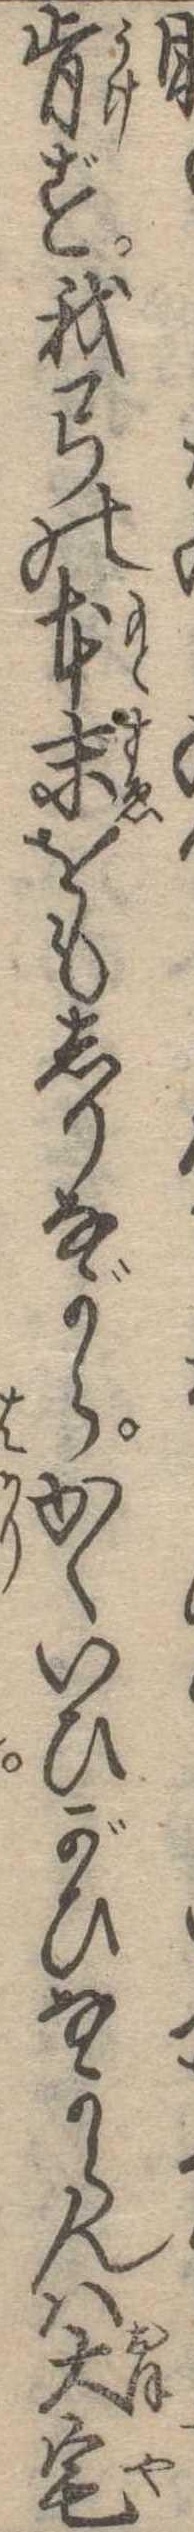
肯ず我弓の本末をもしりながらかくいひがひなからんは大宅